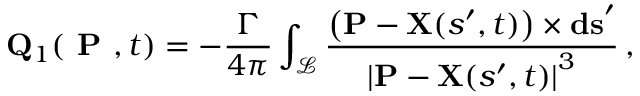
\mathbf { Q } _ { 1 } ( \textbf { P } , t ) = - \frac { \Gamma } { 4 \pi } \int _ { \mathcal { L } } \frac { \left( \mathbf { P } - \mathbf { X } ( s ^ { \prime } , t ) \right) \times \mathbf { d s } ^ { \prime } } { \left| \mathbf { P } - \mathbf { X } ( s ^ { \prime } , t ) \right| ^ { 3 } } \, ,